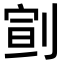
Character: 𠝳